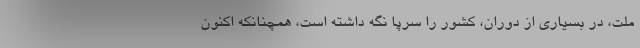
ملت، در بسیاری از دوران، کشور را سرپا نگه داشته است، همچنانکه اکنون